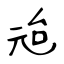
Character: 兘